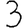
Digit: 3